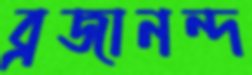
ব্রজানন্দ